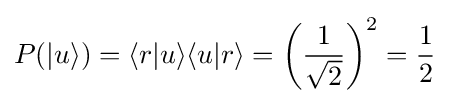
P(|u\rangle )=\langle r|u\rangle \langle u|r\rangle =\left({\frac {1}{\sqrt {2}}}\right)^{2}={\frac {1}{2}}